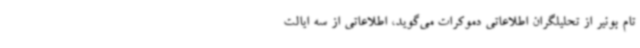
تام بونیر از تحلیلگران اطلاعاتی دموکرات می‌گوید، اطلاعاتی از سه ایالت